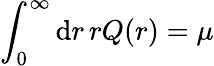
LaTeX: \int_{0}^{\infty}\mathrm{d}r\, rQ(r)=\mu